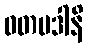
ဝတပဒါနိ